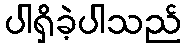
ပါရှိခဲ့ပါသည်